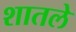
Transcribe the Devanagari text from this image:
शातले